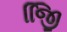
જિિી